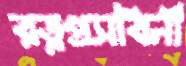
রত্নপ্রসবিনী